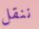
ننقل